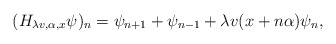
\begin{align*}(H_{\lambda v,\alpha,x}\psi)_{n}=\psi_{n+1}+\psi_{n-1}+ \lambda v(x+n\alpha)\psi_{n},\end{align*}